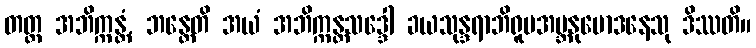
တတ္ထ အဘိက္ကန္တံ, ဘန္တေတိ အယံ အဘိက္ကန္တသဒ္ဒေါ ခယသုန္ဒရာဘိရူပအဗ္ဘနုမောဒနေသု ဒိဿတိ။